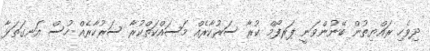
ދިވެހި ރައްޔިތުން ބޭނުންވަނީ ޕަރފޯމް ކުރާ ސަރުކާރެއް މަސައްކަތްކުރާ ސަރުކާރެއް ހުސް އަނގަތަޅާ